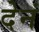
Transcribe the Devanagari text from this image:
देनं